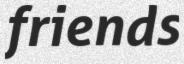
friends